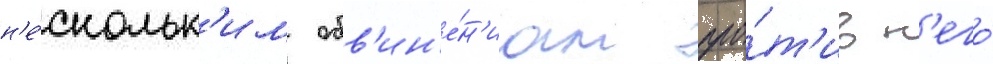
н'е́скольк'им обв'ин'е́н'иам про́т'ив н'его́